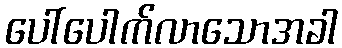
ပေါ်ပေါက်လာသောအခါ